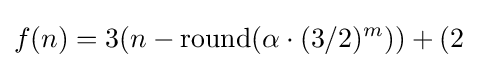
f(n)=3(n-\operatorname {round} (\alpha \cdot (3/2)^{m}))+(2